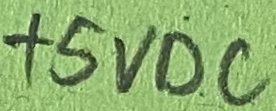
Text: +5VDC